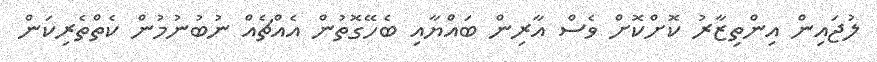
ލުޖައިން އިންތިޒާރު ކޮށްކޮށް ވެސް އާރިން ބައްޔާއި ބެހޭގޮތުން އެއްޗެއް ނުބުނުމުން ކެތްތެރިކަން